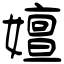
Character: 嬗